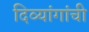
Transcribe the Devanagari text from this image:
दिव्यांगांची